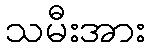
သမီးအား